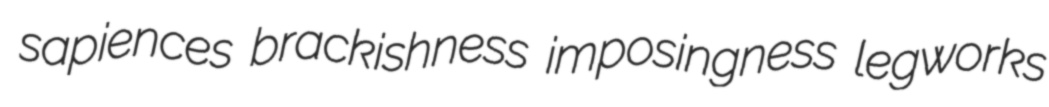
sapiences brackishness imposingness legworks